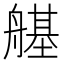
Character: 𦪆